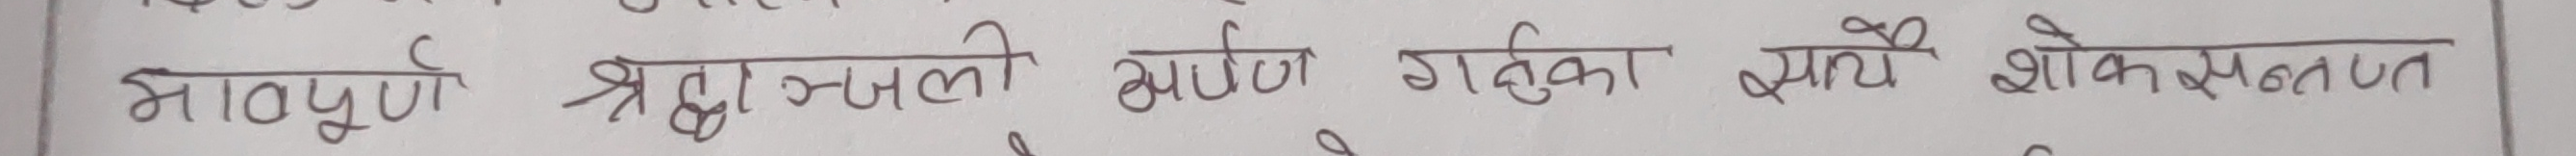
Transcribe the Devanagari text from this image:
भावपूर्ण श्रद्धाञ्जली अर्पण गर्नुका साथै शोकसन्तप्त